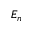
E _ { n }